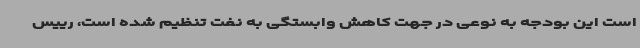
است این بودجه به نوعی در جهت کاهش وابستگی به نفت تنظیم شده است، رییس